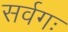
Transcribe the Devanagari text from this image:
सर्वगः